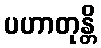
ပဟာတုန္တိ